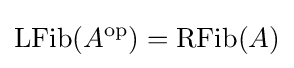
\operatorname {LFib} (A^{\mathrm {op} })=\operatorname {RFib} (A)